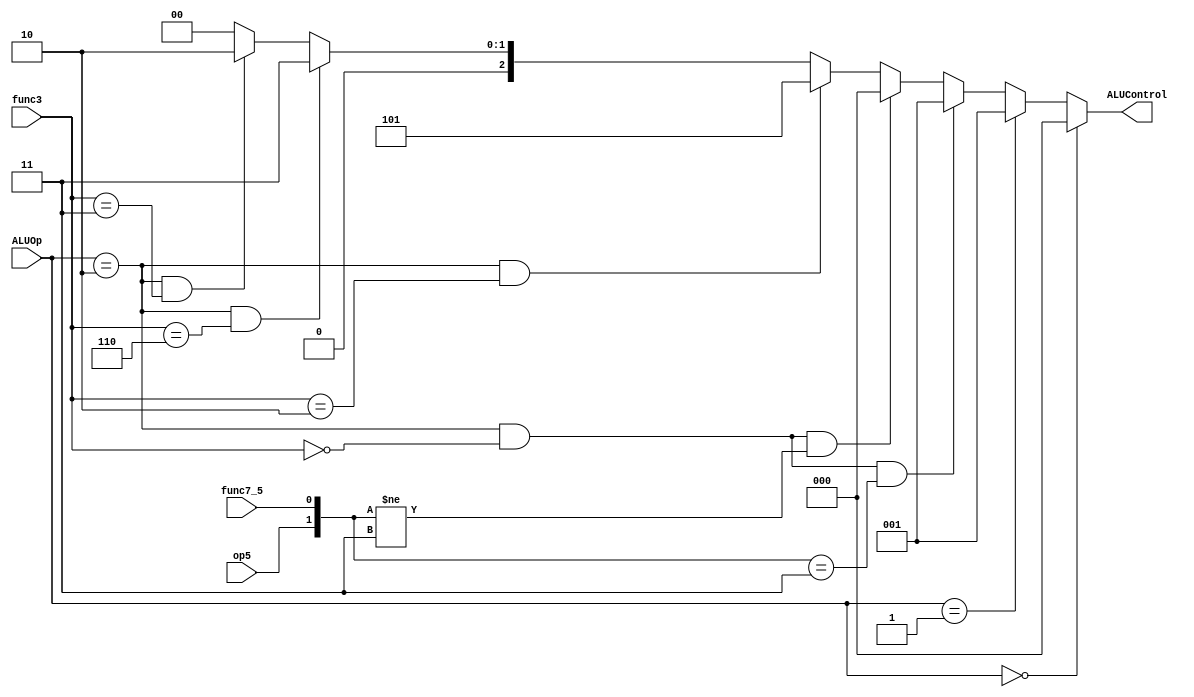
module alu_decoder(ALUOp, func3, op5, func7_5, ALUControl);
    input [1:0] ALUOp;
    input [2:0] func3;
    input op5, func7_5;
    wire [1:0] signal;

    output [2:0] ALUControl;

    assign signal = {op5, func7_5};

    assign ALUControl = (ALUOp == 2'b00) ? 3'b000 :
                        (ALUOp == 2'b01) ? 3'b001 :
                        ((ALUOp == 2'b10) & (func3 == 3'b000) & (signal == 2'b11)) ? 3'b001 :
                        ((ALUOp == 2'b10) & (func3 == 3'b000) & (signal != 2'b11)) ? 3'b000 :
                        ((ALUOp == 2'b10) & (func3 == 3'b010)) ? 3'b101 :
                        ((ALUOp == 2'b10) & (func3 == 3'b110)) ? 3'b011 :
                        ((ALUOp == 2'b10) & (func3 == 3'b011)) ? 3'b010 : 3'b000;

endmodule